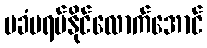
မခံမရပ်နိုင်လောက်အောင်